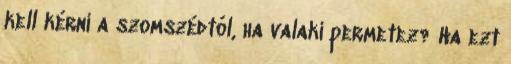
kell kérni a szomszédtól, ha valaki permetez? Ha ezt